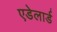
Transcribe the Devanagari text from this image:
एडेलार्ड